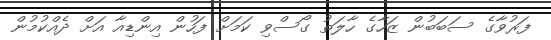
ފަރުވާގެ ސަބަބުން ޒަހާގެ ހާލަތު ގޯސްވި ކަމަށް ފަހުން އިންޑިއާ އަށް ދެއްކުމުން